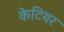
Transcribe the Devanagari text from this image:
केटियर